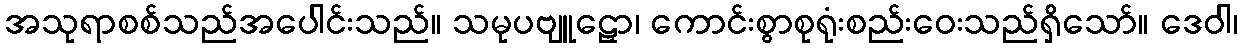
အသုရာစစ်သည်အပေါင်းသည်။ သမုပဗျူဠှော၊ ကောင်းစွာစုရုံးစည်းဝေးသည်ရှိသော်။ ဒေဝါ၊